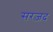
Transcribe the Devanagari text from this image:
सरज़द